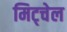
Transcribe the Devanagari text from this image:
मिट्चेल